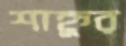
শাহ্নুর